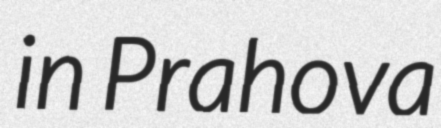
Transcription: in Prahova